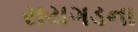
રાયગડના